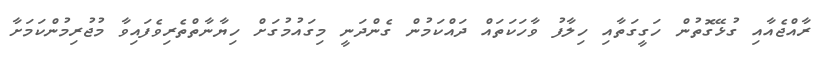
ރާއްޖެއާއި ގުޅޭގޮތުން ހަގީގަތާއި ހިލާފު ވާހަކަތައް ދައްކަމުން ގެންދަނީ މިގައުމުގަށް ހިޔާނާތްތެރިވެފައިވާ މުޖުރިމުންކަމަށާ